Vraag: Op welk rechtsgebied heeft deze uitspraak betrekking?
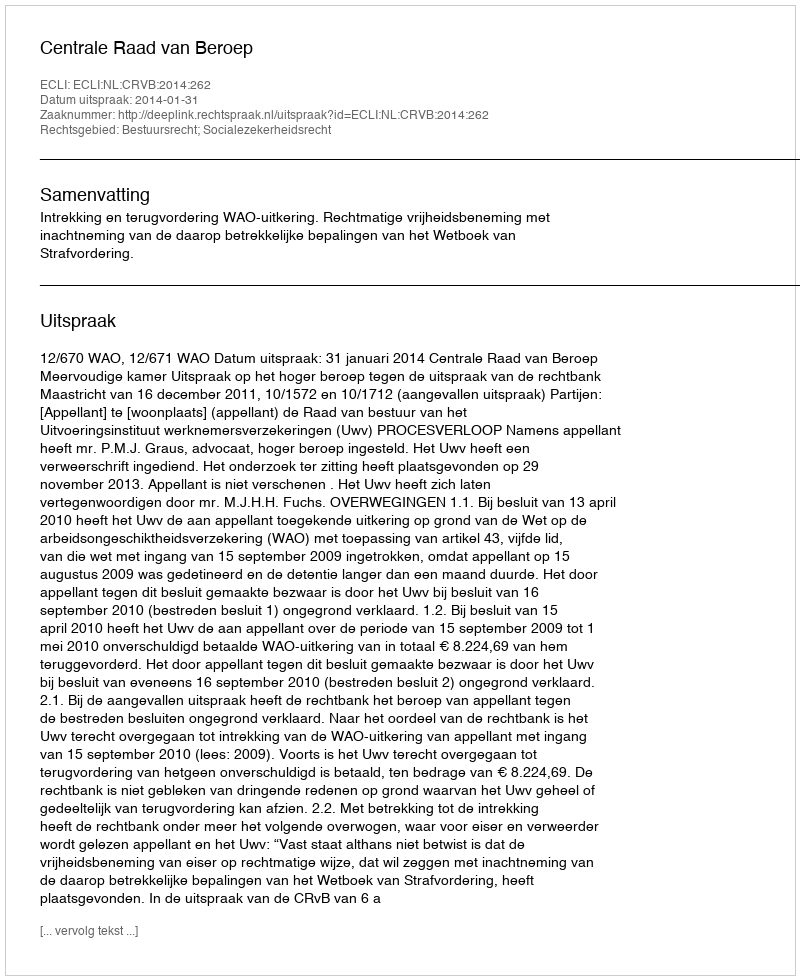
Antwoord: Bestuursrecht; Socialezekerheidsrecht